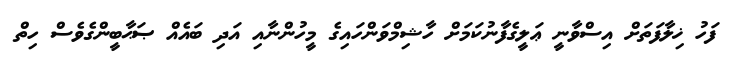
ފަހު ޚިލާފަތަށް އިސްވާނީ ޢަލީގެފާނުކަމަށް ހާޝިމްވަންހައިގެ މީހުންނާއި އަދި ބައެއް ޞަޙާބީންގެވެސް ހިތް